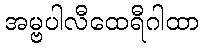
အမ္ဗပါလီထေရီဂါထာ